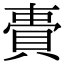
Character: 䝴